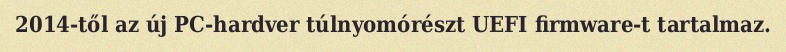
2014-től az új PC-hardver túlnyomórészt UEFI firmware-t tartalmaz.